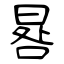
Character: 晷